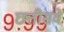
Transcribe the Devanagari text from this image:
छत्तीसवे